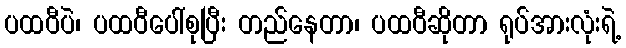
ပထဝီပဲ၊ ပထဝီပေါ်စုပြီး တည်နေတာ၊ ပထဝီဆိုတာ ရုပ်အားလုံးရဲ့